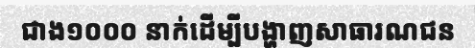
ជាង១០០០ នាក់ដើម្បីបង្ហាញសាធារណជន